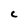
Character: c